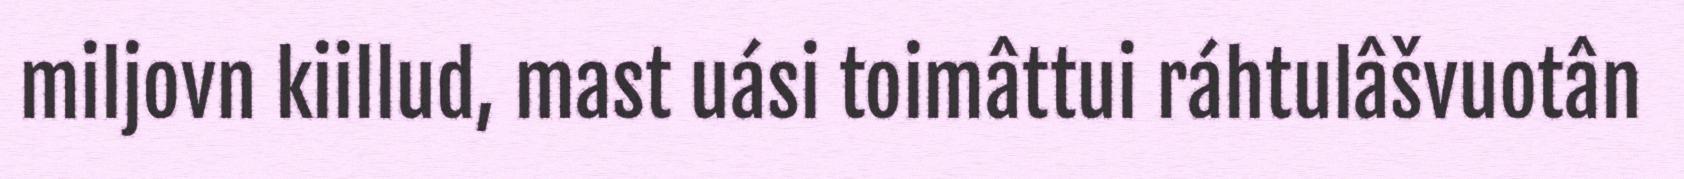
miljovn kiillud, mast uási toimâttui ráhtulâšvuotân